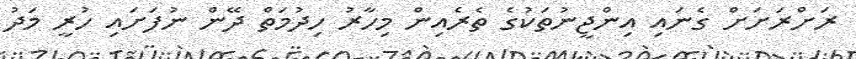
ރަށްރަށަށް ގެނައި އިންޖީނުތަކުގެ ތެރެއިން މިހާރު ހިދުމަތް ދޭން ނުފަށައި ހުރީ މަދު